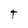
Character: T